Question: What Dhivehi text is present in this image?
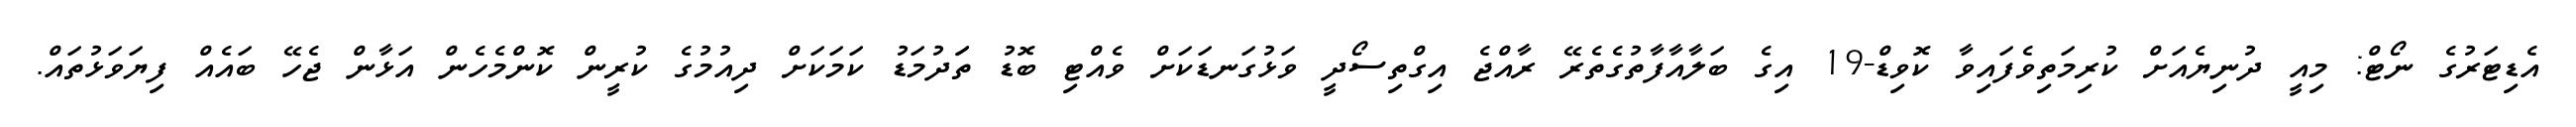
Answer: އެޑިޓަރުގެ ނޯޓް: މިއީ ދުނިޔެއަށް ކުރިމަތިވެފައިވާ ކޮވިޑް-19 އިގެ ބަލާއާފާތުގެތެރޭ ރާއްޖެ އިގްތިސޯދީ ވަޅުގަނޑަކަށް ވެއްޓި ބޮޑު ތަަދުމަޑު ކަމަކަށް ދިއުމުގެ ކުރީން ކޮންމެހެން އަޅާން ޖެހޭ ބައެއް ފިޔަވަޅުތައް.